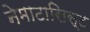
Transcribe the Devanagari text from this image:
नेमाटासिस्ट